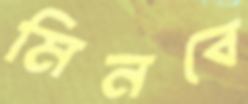
মিনবে